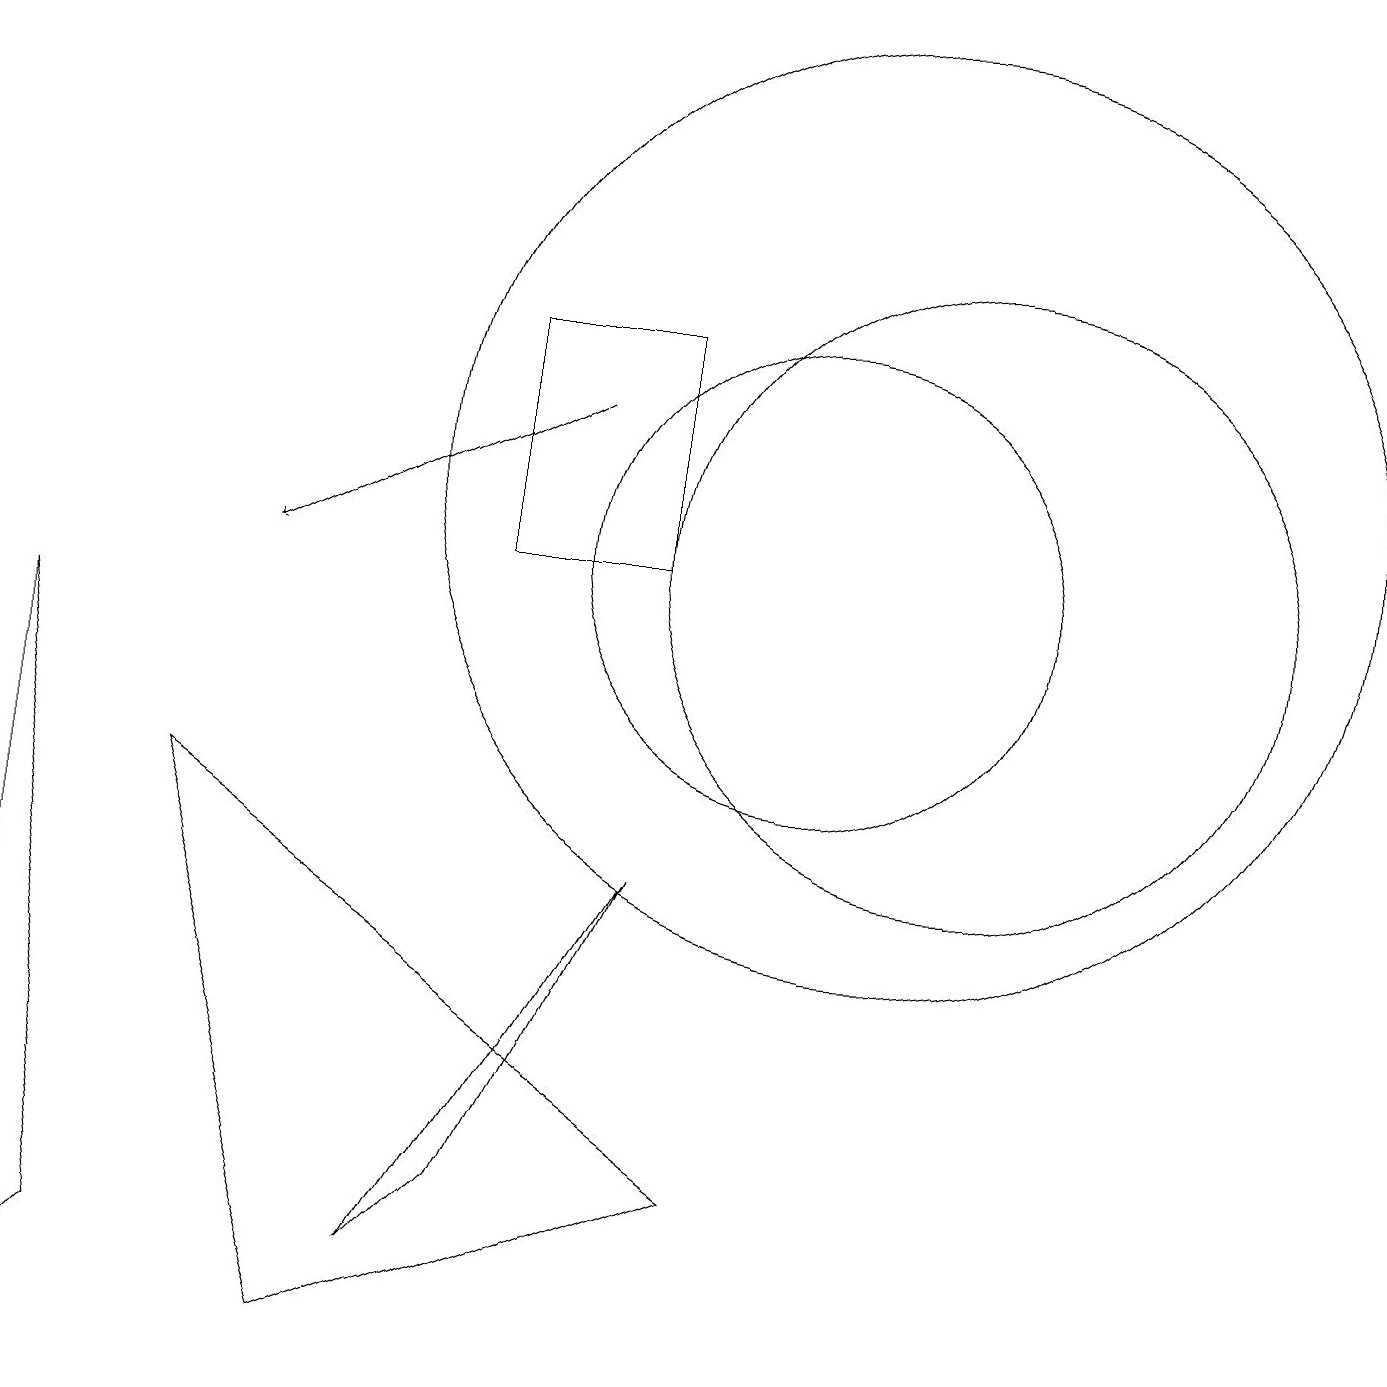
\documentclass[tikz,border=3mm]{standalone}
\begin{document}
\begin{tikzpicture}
\draw (11,11) circle (6);
\draw (5,1) -- (8,6) -- (6,2) -- cycle;
\draw (6,13) rectangle (8,10);
\draw (9,2) -- (2,7) -- (4,0) -- cycle;
\draw (12,10) circle (4);
\draw (0,0) -- (0,9) -- (1,1) -- cycle;
\draw[->] (7,12) -- (3,10);
\draw (10,10) circle (3);
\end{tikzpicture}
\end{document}